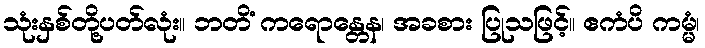
သုံးနှစ်တို့ပတ်လုံး။ ဘတိံ ကရောန္တေန၊ အခစား ပြုသဖြင့်။ ဧကံပိ ကမ္မံ၊